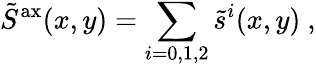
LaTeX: \tilde{S}^{\mathrm{ax}}(x,y)=\sum_{i=0,1,2}\tilde{s}^{i}(x,y)\ ,